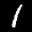
Label: 1